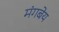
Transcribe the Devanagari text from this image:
मंगबेय